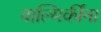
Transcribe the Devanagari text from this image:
वाल्मिकींना